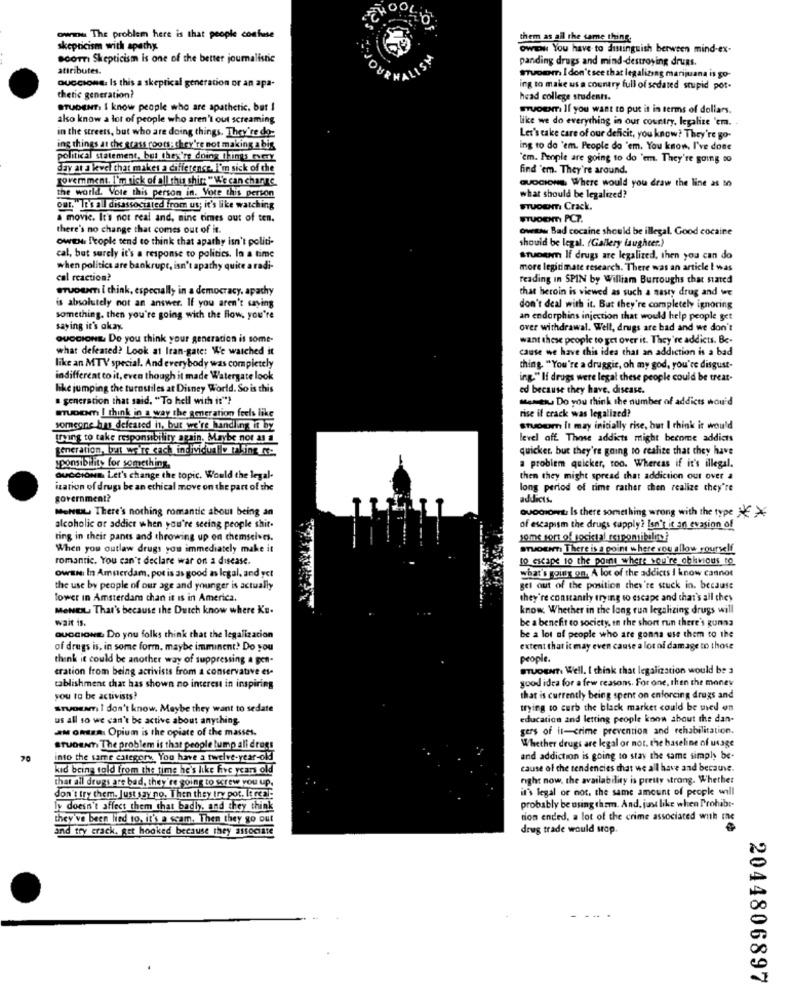
ownu The problem here is that people confuse
them as all the same thing
skepticism with apathy
owww You have to distinguish between mind-ex-
scorri Skepticism is one of the better journalistic
W
panding drugs and mind-destroying drugs.
attributes.
Guccione. Is this a skeptical generation or an apa-
swoim I don't see that legalizing marijuana is go-
ing to make us a country full of sedated stupid por-
thetic generation?
head college students.
STUDENT: I know people who are apathetic, but I
sruossTi If you want to put it in terms of dollars.
also know a lot of people who aren't out screaming
like we do everything in our country, legalize 'em.
in the streets, but who are doing things. They're do-
Let's take care of our deficit, you know? They're go-
ing things at che grass roots: chey're not making a bis
ing to do 'em. People do 'em. You know, I've done
political statement, but they're doing Itms every
'em. People are going to do "em. They're going to
day at a kevel that makes a difference. I'm sick of the
find 'em. They're around.
government. I'm sick of all this shirt " W'e can change
GUDCIONE, Where would you draw the line as to
the world. Vote this person in. Vote this person
what should be legalized?
our."It's all disassociated from us; it's like watching
STUDENTI Crack.
a movie. It's not real and, nine times out of ten.
STUDENm PC7.
there's no change that comes out of it.
owwww Bad cocaine should be illegal. Good cocaine
OWEN. I'eople tend to think that apathy isn't politi-
should be legal. (Gallery laughter.)
cal, but surely it's a response to politics. la a time
stuogan If drugs are legalized, then you can do
when politics are bankrupt, isn't apathy quite a radi-
more legitimate research. There was an article I was
cal reaction?
reading in SPIN by William Burroughs that stated
eruoum i think, especially in a democracy. apathy
that heroin is viewed as such a nasty drug and we
is absolutely not an answer. If you aren't saying
don't deal with it. But they're completely ignoring
something, then you're going with the flow, you're
an endorphins injection that would help people get
saying it's okay.
over withdrawal. Well, drugs are bad and we don't
GUCCIONE, Do you think your generacion is some-
want these people to get over it. They're addicts. Be-
what defeated? Look at Iran-gate: We watched it
cause we have this idea that an addiction is a bad
like an MTV special. And everybody was completely
thing "You're a druggie, oh my god, you're disgust-
indifferent to it, even though it made Watergate look
ing." If drugs were legal these people could be treat-
like jumping the turnstiles at Disney World. So is this
ed because they have, disease.
" generation that said, "To hell with it"?
Metu Do you think the number of addicts wou'd
rise il crack was legalized?
muocom I think in a way the generation feels like
someone hus defeated in, but we're handling it by
stuor It may initially rise, but I think it would
trying to take responsibility again. Maybe nor a a
level aff. Those addicts might become addicts
generation, but we're cach individually taking wc-
quicker, but they're going to realize that they have
yponsibility for something.
a problem quicker, too. Whereas if it's illegal.
GUCCIONE. Let's change the topic. Would the legal-
then they might spread that addiction our over a
ization of drugs be an ethical move on the part of the
long period of time rather chen realize they're
government?
addicts.
MONBUL There's nothing romantic about being an
ouociowt. Is there something wrong with the type NE >
alcoholic or addict when you're seeing people shit.
of escapism the drugs supply? Isn't it an evasion of
ting in their pants and throwing up on themselves.
soms sort of social responsibility?
When you outlaw drugs you immediately make it
aruowen There is a point where rou allow yourself
romantic. You can't declare war on a disease.
to escape to the point where you're oblivious to
owane In Amsterdam, pot is as good as legal, and yet
what's going on. A lot of the addicts I know cannot
the use by people of our age and younger is actually
get out of the position they're stuck in. because
lower in Amsterdam chan it is in America.
they're constantly trying to escape and that's all they
MeNEIL That's because the Dutch know where Ku-
know Whether in the long run legalizing drugs will
Wait 15.
be a benefit to society, in the short run there's gunna
QueCIONE. Do you folks think that the legalizacion
be a lot of people who are gonna use them to the
of drugs is, in some form. maybe imminent! Do you
extent that it may even cause a lot of damage to those
think it could be another way of suppressing a gen-
people.
cration from being activists from a conservative es-
STUDENT. Well. I think that legalization would be a
good idea for a few reasons. For one, then the money
tablishment that has shown no interest in inspiring
you to be activists?
that is currently being spent on enforcing drugs and
sruosam I don't know. Maybe they want to sedate
trying to curb the black market could be med on
us all so we can't be active about anything-
education and letting people know about the dan-
aMonza. Opium is the opiate of the masses.
gers of it-crime prevention and rehabilitation.
Whether drugs are legal or not. the baseline of usage
STUDENT. The problem is that people lump ali dress
70
into the same category. You have a twelve-year-old
and addiction is going to stay the same simply be-
kid being told from the time he's like five years old
cause of the tendencies that we all have and because.
that all drugs are bad, they're going to screw you up.
right now, the availability is pretty strong. Whether
it's legal or not. the same amount of people will
don't try them. Just say no, Then they try pot. It real:
Ly doesn't affect them that badly, and they think
probably be using them. And, just like when Prohibi-
they've been lied to. it's a scam, Then they go out
tion ended, a lot of the crime associated with Ine
and try crack, get hooked because they associate
drug trade would srop.
2044806897